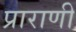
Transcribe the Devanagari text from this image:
प्राराणी